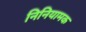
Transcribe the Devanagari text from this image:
निनियामक